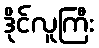
ဒိုင်လူကြီး